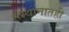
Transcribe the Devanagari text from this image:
संस्थानातही